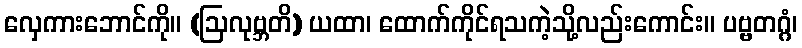
လှေကားဘောင်ကို။ (ဩလုဗ္ဘတိ) ယထာ၊ ထောက်ကိုင်ရသကဲ့သို့လည်းကောင်း။ ပဗ္ဗတဂ္ဂံ၊